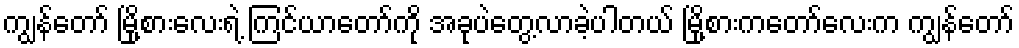
ကျွန်တော် မြို့စားလေးရဲ့ ကြင်ယာတော်ကို အခုပဲတွေ့လာခဲ့ပါတယ် မြို့စားကတော်လေးက ကျွန်တော်